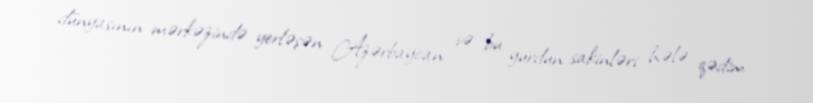
dünyasının mərkəzində yerləşən Azərbaycan və bu yurdun sakinləri hələ qədim